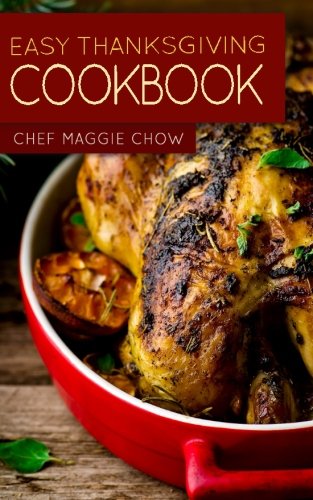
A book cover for Easy Thanksgiving Cookbook; Chef Maggie Chow; Cookbooks, Food & Wine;